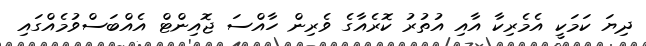
ދިޔަ ކަމަކީ އެމެރިކާ އާއި އުތުރު ކޮރެއާގެ ވެރިން ހާއްސަ ޖޮއިންޓް އެއްބަސްވުމެއްގައި